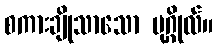
စကားချိုသာသော ပုဂ္ဂိုလ်။